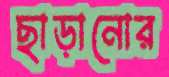
ছাড়ানোর